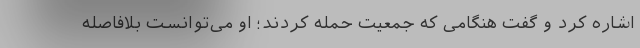
اشاره کرد و گفت هنگامی که جمعیت حمله کردند؛ او می‌توانست بلافاصله